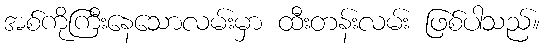
အစ်ကိုကြီးနေသောလမ်းမှာ ထီးတန်းလမ်း ဖြစ်ပါသည်။